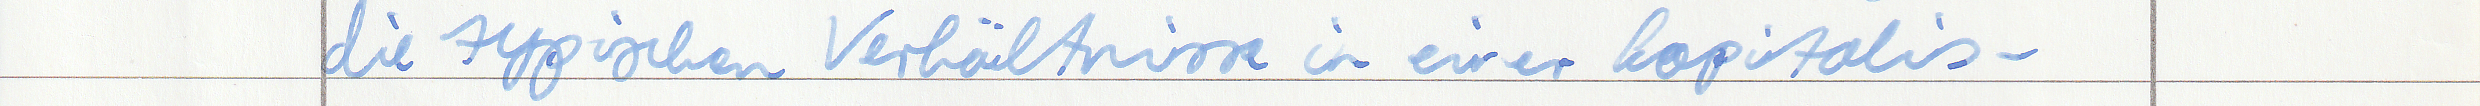
die typischen Verhältnisse in einer kapitalis -